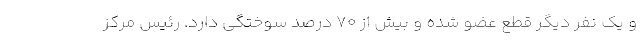
و یک نفر دیگر قطع عضو شده و بیش از ۷۰ درصد سوختگی دارد. رئیس مرکز